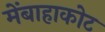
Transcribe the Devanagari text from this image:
मेंबाहाकोट